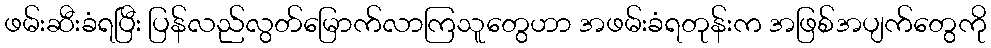
ဖမ်းဆီးခံရပြီး ပြန်လည်လွတ်မြောက်လာကြသူတွေဟာ အဖမ်းခံရတုန်းက အဖြစ်အပျက်တွေကို